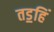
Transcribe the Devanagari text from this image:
तड॒हिं